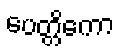
ပေတ္တိကော